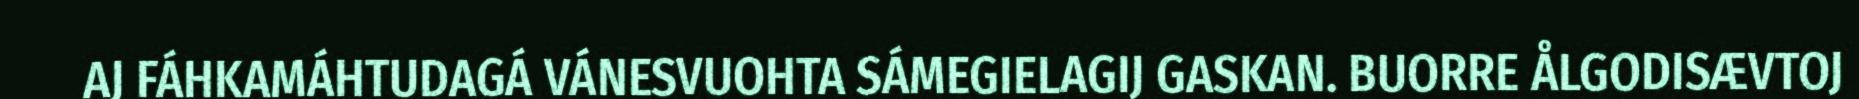
AJ FÁHKAMÁHTUDAGÁ VÁNESVUOHTA SÁMEGIELAGIJ GASKAN. BUORRE ÅLGODISÆVTOJ